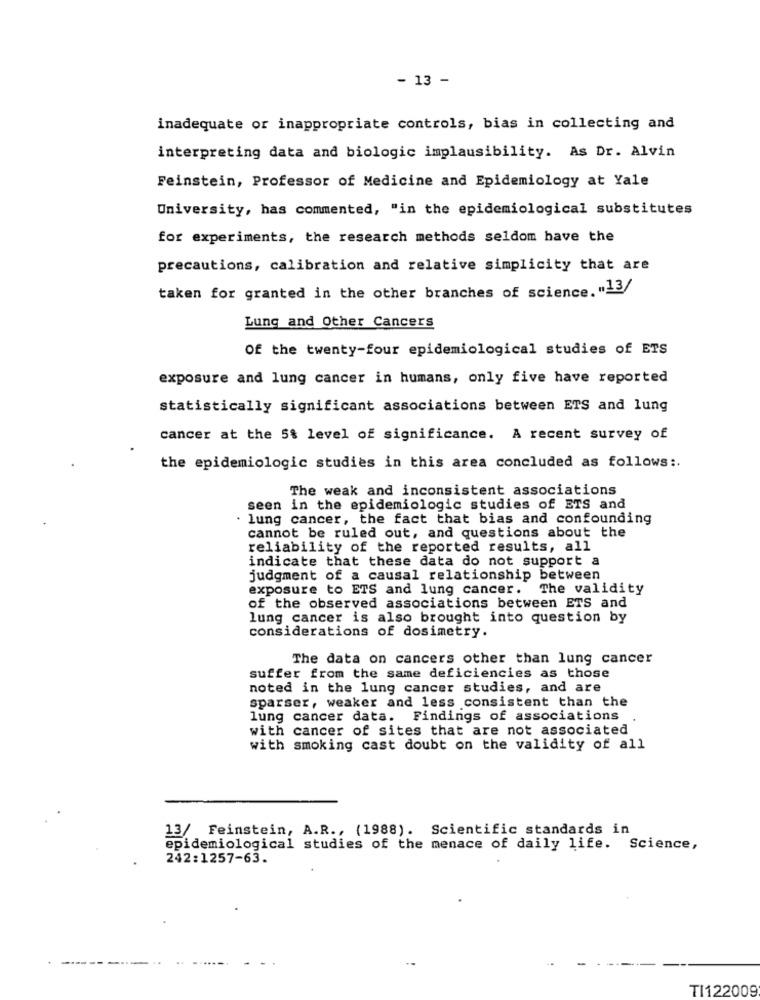
- 13 -
inadequate or inappropriate controls, bias in collecting and
interpreting data and biologic implausibility. As Dr. Alvin
Feinstein, Professor of Medicine and Epidemiology at Yale
University, has commented, "in the epidemiological substitutes
for experiments, the research methods seldom have the
precautions, calibration and relative simplicity that are
taken for granted in the other branches of science. "13/
Lung and Other Cancers
Of the twenty-four epidemiological studies of ETS
exposure and lung cancer in humans, only five have reported
statistically significant associations between ETS and lung
cancer at the 5% level of significance. A recent survey of
the epidemiologic studies in this area concluded as follows :.
The weak and inconsistent associations
seen in the epidemiologic studies of ETS and
. lung cancer, the fact that bias and confounding
cannot be ruled out, and questions about the
reliability of the reported results, all
indicate that these data do not support a
judgment of a causal relationship between
exposure to ETS and lung cancer.
The validity
of the observed associations between ETS and
lung cancer is also brought into question by
considerations of dosimetry.
The data on cancers other than lung cancer
suffer from the same deficiencies as those
noted in the lung cancer studies, and are
sparser, weaker and less consistent than the
lung cancer data. Findings of associations
with cancer of sites that are not associated
with smoking cast doubt on the validity of all
13/ Feinstein, A.R ., (1988). Scientific standards in
epidemiological studies of the menace of daily life. Science,
242:1257-63.
TI122009